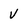
Character: V